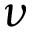
\nu